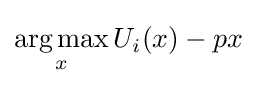
{\underset {x}{\operatorname {arg\,max} }}\,U_{i}(x)-px